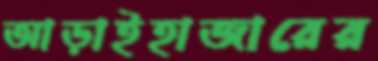
আড়াইহাজারের